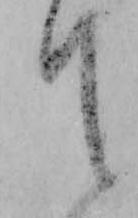
て